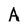
Character: A